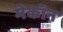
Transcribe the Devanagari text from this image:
मेकॉन